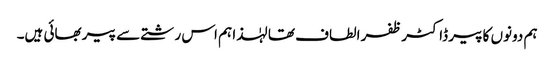
ہم دونوں کا پیر ڈاکٹر ظفر الطاف تھا لہٰذا ہم اس رشتے سے پیر بھائی ہیں۔